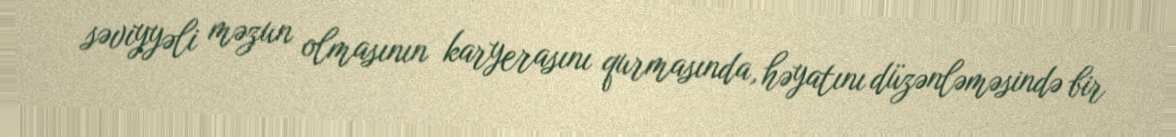
səviyyəli məzun olmasının karyerasını qurmasında, həyatını düzənləməsində bir